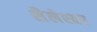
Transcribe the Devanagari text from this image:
शैलेश्‍वर